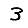
Digit: 3